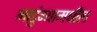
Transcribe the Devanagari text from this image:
माटुंग्यामधील